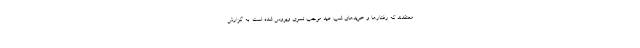
معتقدند که رفتارها و خریدهای شب عید موجب تسری ویروس شده است. به گزارش